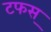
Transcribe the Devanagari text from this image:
टफस्